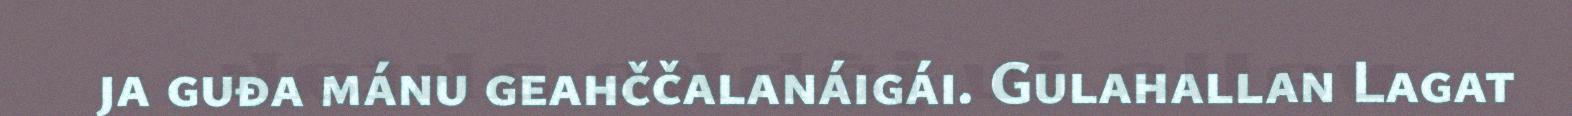
ja guđa mánu geahččalanáigái. Gulahallan Lagat